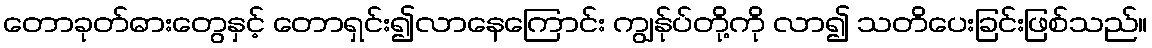
တောခုတ်ဓားတွေနှင့် တောရှင်း၍လာနေကြောင်း ကျွန်ုပ်တို့ကို လာ၍ သတိပေးခြင်းဖြစ်သည်။